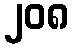
၂၀၈